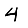
Digit: 4